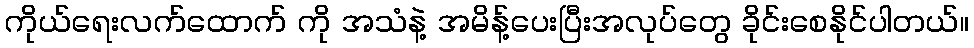
ကိုယ်ရေးလက်ထောက် ကို အသံနဲ့ အမိန့်ပေးပြီးအလုပ်တွေ ခိုင်းစေနိုင်ပါတယ်။